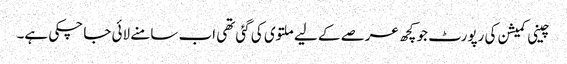
چینی کمیشن کی رپورٹ جو کچھ عرصے کے لیے ملتوی کی گئی تھی اب سامنے لائی جا چکی ہے۔